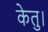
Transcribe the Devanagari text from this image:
केतु।